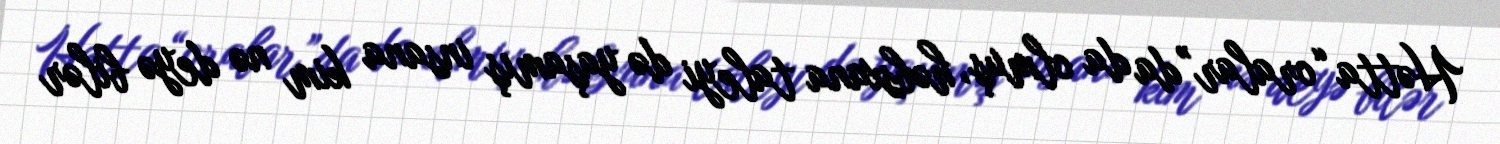
Hətta “oralar”da da olmuş, həbsxana taleyi də yaşamış insana kim nə deyə bilər